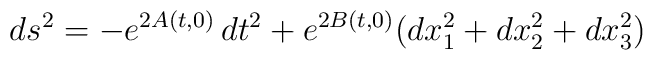
ds^{2}=- e^{2A(t,0)}\,dt^{2}+e^{2B(t,0)}(dx_{1}^{2}+dx_{2}^{2}+dx_{3}^{2})